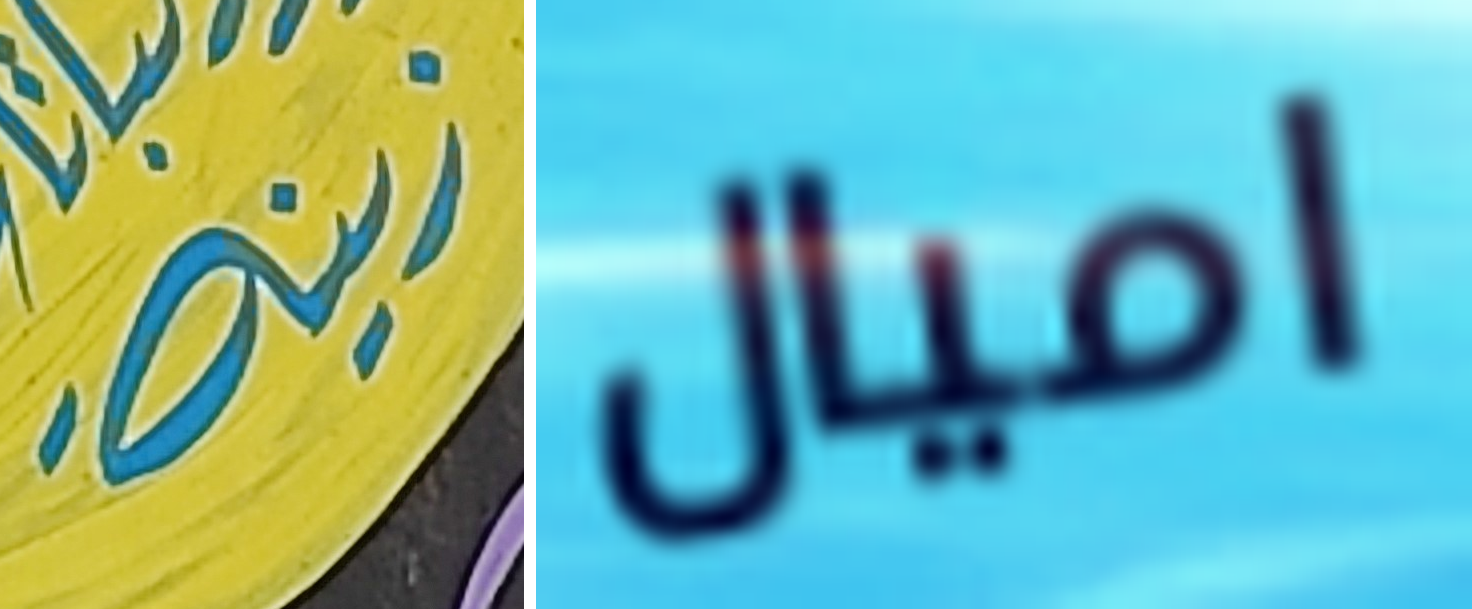
زينة اميال